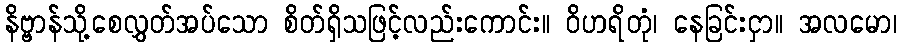
နိဗ္ဗာန်သို့စေလွှတ်အပ်သော စိတ်ရှိသဖြင့်လည်းကောင်း။ ဝိဟရိတုံ၊ နေခြင်းငှာ။ အလမော၊